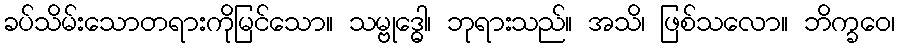
ခပ်သိမ်းသောတရားကိုမြင်သော။ သမ္ဗုဒ္ဓေါ၊ ဘုရားသည်။ အသိ၊ ဖြစ်သလော။ ဘိက္ခဝေ၊